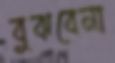
বুঝবেনা